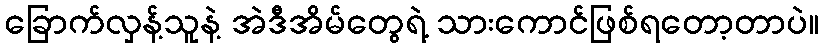
ခြောက်လှန့်သူနဲ့ အဲဒီအိမ်တွေရဲ့ သားကောင်ဖြစ်ရတော့တာပဲ။